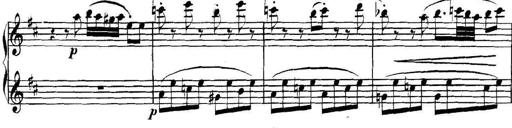
Title: Collected Piano Sonatas
Composer: Muzio Clementi